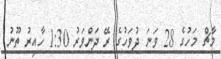
މާޗް މަހުގެ 28 ވަނަ ދުވަހުގެ ރޭ ދަންވަރު 1:30 ހާއިރު ތޫނު